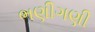
ભણીગણી